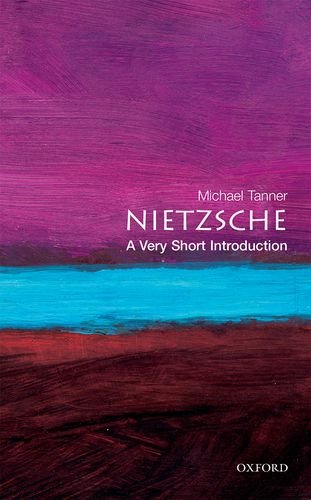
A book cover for Nietzsche: A Very Short Introduction; Michael Tanner; Biographies & Memoirs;